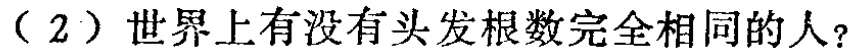
（2）世界上有没有头发根数完全相同的人？